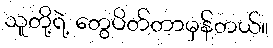
သူတို့ရဲ့ တွေပိတ်တာမှန်တယ်။